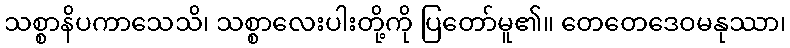
သစ္စာနိပကာသေသိ၊ သစ္စာလေးပါးတို့ကို ပြတော်မူ၏။ တေတေဒေဝမနုဿာ၊